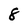
Character: 8